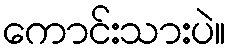
ကောင်းသားပဲ။